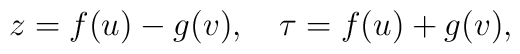
z=f(u)-g(v), \quad \tau=f(u)+g(v),